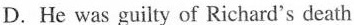
D.He was guilty of Richard's death.